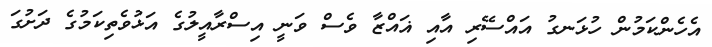
އެހެންކަމުން ހުޅަނގު އައްސޭރި އާއި ޣައްޒާ ވެސް ވަނީ އިސްރާއީލުގެ އަޅުވެތިކަމުގެ ދަށުގަ